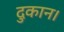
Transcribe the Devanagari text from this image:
दुकान।